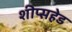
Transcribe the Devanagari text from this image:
शीप्सहेड